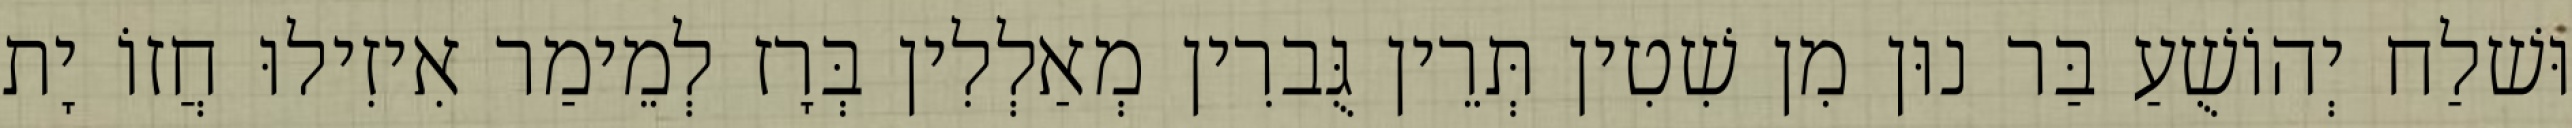
וּשׁלַח יְהוֹשֻׁעַ בַּר נוּן מִן שִׁטִין תְּרֵין גֻּברִין מְאַלְלִין בְּרָז לְמֵימַר אִיזִילוּ חֲזוֹ יָת